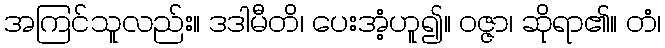
အကြင်သူလည်း။ ဒဒါမီတိ၊ ပေးအံ့ဟူ၍။ ဝဇ္ဇာ၊ ဆိုရာ၏။ တံ၊